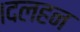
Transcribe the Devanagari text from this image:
।दलहन